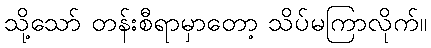
သို့သော် တန်းစီရာမှာတော့ သိပ်မကြာလိုက်။